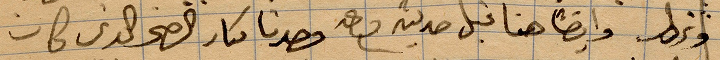
... وايضًأ هنا قبل حديثه فصرنا ... كان